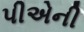
પીએની